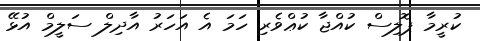
ކުރީމާ ޕޮލިސް ކުއްޖާ ކުޢްވެރި ހަމަ އެ އަހަރު އާދިލް ސަލީމް އުޅޭ